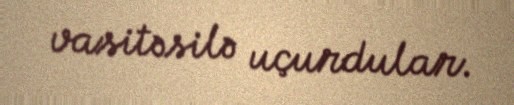
vasitəsilə uçurdular.